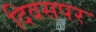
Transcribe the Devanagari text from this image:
दिवसपर